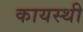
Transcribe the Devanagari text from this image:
कायस्थी